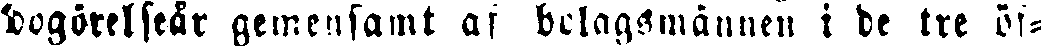
bogörelseår gemensamt af bolagsmännen i de tre öf-